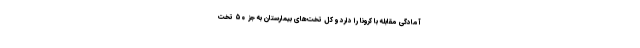
آمادگی مقابله با کرونا را دارد و کل تخت‌های بیمارستان به جز ۵۰ تخت